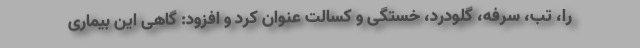
را، تب، سرفه، گلودرد، خستگی و کسالت عنوان کرد و افزود: گاهی این بیماری